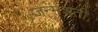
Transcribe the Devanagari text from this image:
जन्‍मशती